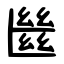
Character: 㡭